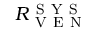
R _ { \mathrm { ~ V ~ E ~ N ~ } } ^ { \mathrm { ~ S ~ Y ~ S ~ } }